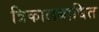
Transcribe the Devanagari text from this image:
त्रिकालबाधित